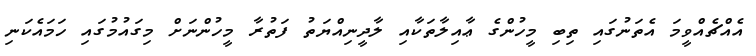
އެއްޗެއްވީމަ އެތަނުގައި ތިބި މީހުންގެ ޢާއިލާތަކާއި ލާދީނިއްޔަތު ފަތުރާ މީހުންނަށް މިގައުމުގައި ހަމައެކަނި